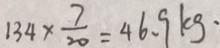
1 3 4 \times \frac { 7 } { 2 0 } = 4 6 . 9 k g .